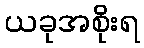
ယခုအစိုးရ